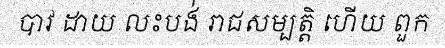
បាវ ដាយ លះបង់ រាជសម្បត្តិ ហើយ ពួក